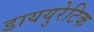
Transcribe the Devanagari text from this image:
डाययुरेटिक